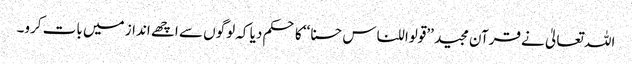
اللہ تعالیٰ نے قرآن مجید ’’قولوا للناس حسنا‘‘ کا حکم دیا کہ لوگوں سے اچھے انداز میں بات کرو۔